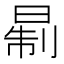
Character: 𪰮